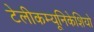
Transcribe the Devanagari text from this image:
टेलीकम्यूनिकेशियो